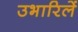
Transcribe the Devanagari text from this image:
उभारिलें